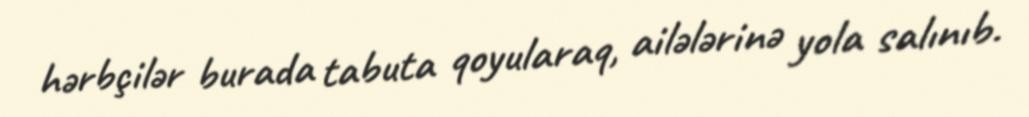
hərbçilər burada tabuta qoyularaq, ailələrinə yola salınıb.